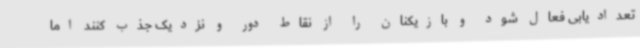
تعدادیابی فعال شود و بازیکنان را از نقاط دور و نزدیک جذب کنند اما